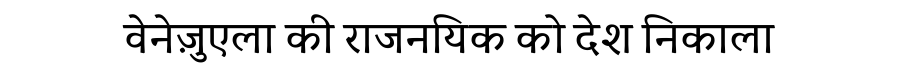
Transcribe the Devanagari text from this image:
वेनेज़ुएला की राजनयिक को देश निकाला